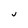
Character: u